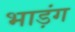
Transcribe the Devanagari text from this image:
भाड़ंग